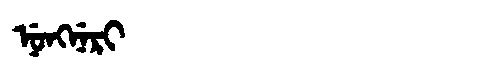
Manchu: ᠨᡠᠩᠨᡝᡵᡳ
Romanization: NUNGNERI